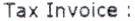
TAX INVOICE :